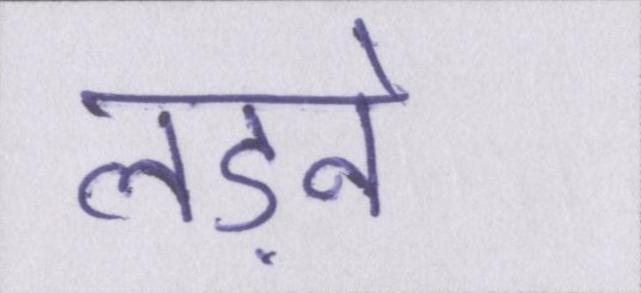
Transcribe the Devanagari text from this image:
लड़ने